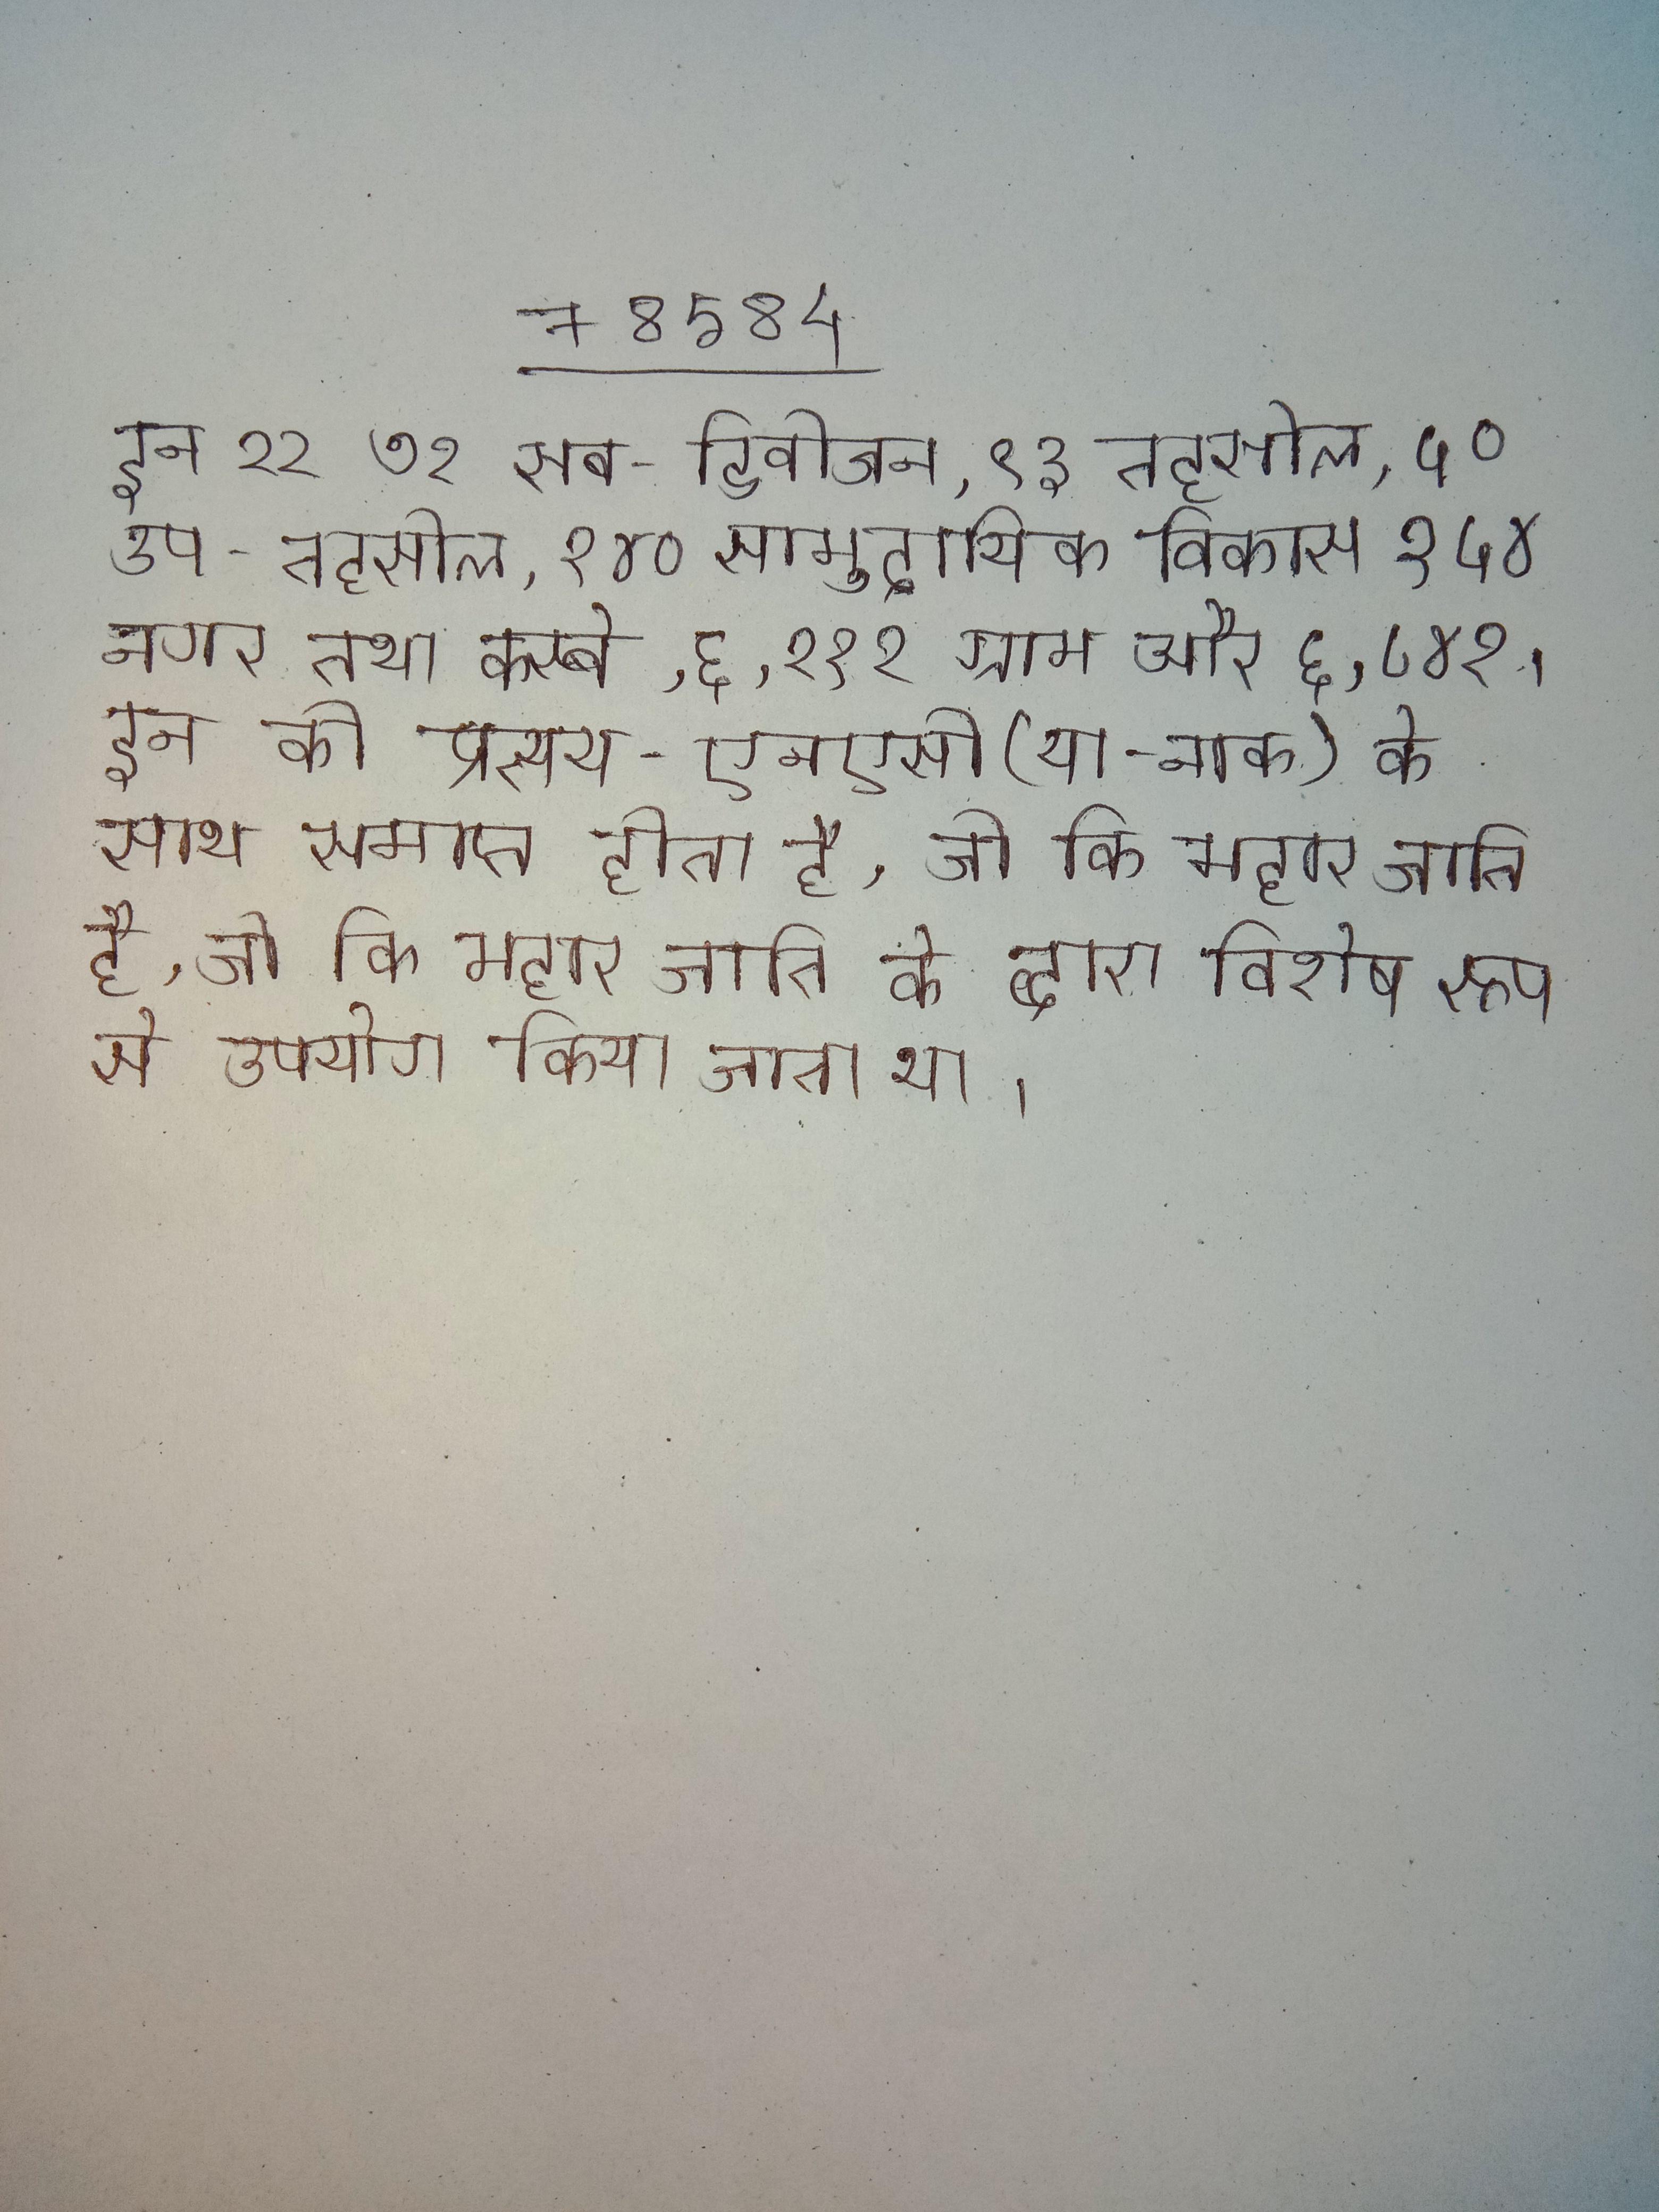
इन २२ ७२ सब-डिवीजन, ९३ तहसील, ५० उप-तहसील, १४० सामुदायिक विकास १५४ नगर तथा कस्बे, ६,२१२ ग्राम और ६,८४१ । इन को प्रत्यय-एनएसी (या -नाक) के साथ समाप्त होता है, जो कि महार जाति के द्वारा विशेष रूप से उपयोग किया जाता था ।